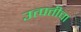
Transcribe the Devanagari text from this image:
उत्पत्तीचा